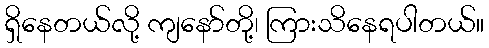
ရှိနေတယ်လို့ ကျနော်တို့၊ ကြားသိနေရပါတယ်။